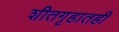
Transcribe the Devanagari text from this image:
शीतगृहातही